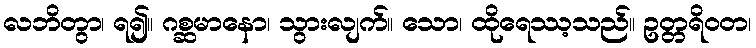
လဘိတွာ၊ ရ၍။ ဂစ္ဆမာနော၊ သွားလျက်။ သော၊ ထိုရေဿ့သည်။ ဥတ္တရိဝတ၊